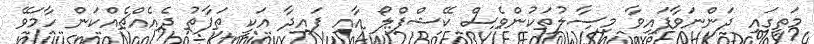
މަތީގައި ދަންނަވާފައިވާ މިސާލުތަކުންވެސް ކޭޝްފްލޯ އާއި ފައިދާ އަކީ ތަފާތު ދެއެއްޗެއްކަން ހާމަވޭ